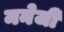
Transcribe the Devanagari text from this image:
मनेजी